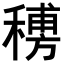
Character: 𥡨